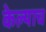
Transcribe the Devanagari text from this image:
केल्याच